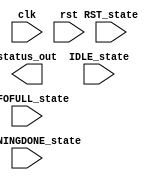
module Sora_FRL_STATUS_encoder(
		input	clk,
		input	rst,
		
		// input from STATUS line
		output	status_out,
		
		// four output states
		input	RST_state,
		input	TRAININGDONE_state,
		input	IDLE_state,
		input	FIFOFULL_state
    );


endmodule